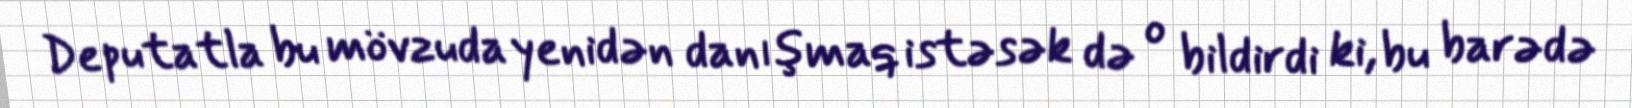
Deputatla bu mövzuda yenidən danışmaq istəsək də o bildirdi ki, bu barədə